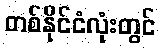
တစ်နိုင်ငံလုံးတွင်